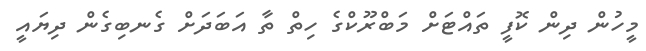
މީހުން ދިން ކޮފީ ތައްޓަށް މަބްރޫކްގެ ހިތް ތާ އަބަދަށް ގެނބިގެން ދިޔައީ